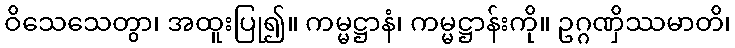
ဝိသေသေတွာ၊ အထူးပြု၍။ ကမ္မဋ္ဌာနံ၊ ကမ္မဋ္ဌာန်းကို။ ဥဂ္ဂဏှိဿမာတိ၊